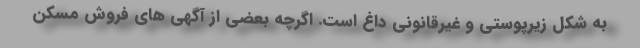
به شکل زیرپوستی و غیرقانونی داغ است. اگرچه بعضی از آگهی های فروش مسکن